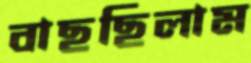
বাছছিলাম